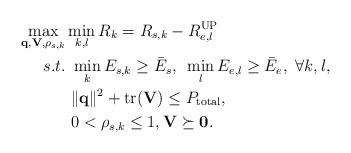
LaTeX: \begin{align*}\max_{\mathbf{q},\mathbf{V},\rho_{s,k}} & \min_{k,l} R_{k} = R_{s,k} - R_{e,l}^{\textrm{UP}} \\s.t. &~ \min_{k} E_{s,k} \geq \bar{E}_{s}, ~\min_{l} E_{e,l} \geq \bar{E}_{e},~ \forall k,l, \\&~ \|\mathbf{q}\|^{2} + \textrm{tr}(\mathbf{V}) \leq P_{\textrm{total}}, \\&~ 0 < \rho_{s,k} \leq 1, \mathbf{V} \succeq \mathbf{0}. \end{align*}